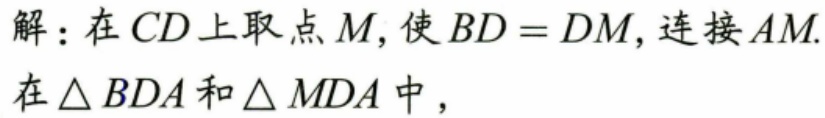
解：在\(CD\)上取点\(M\)，使\(BD = DM\)，连接\(AM\).
在\(\triangle BDA\)和\(\triangle MDA\)中，